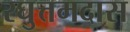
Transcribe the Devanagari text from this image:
रघुत्तमदास